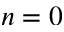
n = 0